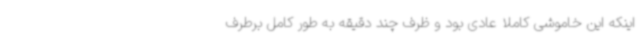
اینکه این خاموشی کاملا عادی بود و ظرف چند دقیقه به طور کامل برطرف